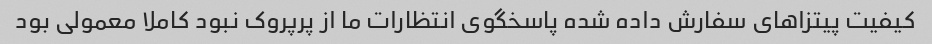
کیفیت پیتزاهای سفارش داده شده پاسخگوی انتظارات ما از پرپروک نبود کاملا معمولی بود